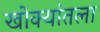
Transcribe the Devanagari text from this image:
खोक्यांतला